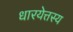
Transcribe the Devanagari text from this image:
धारयेत्तस्य